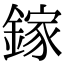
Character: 鎵